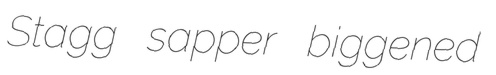
Stagg sapper biggened